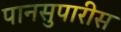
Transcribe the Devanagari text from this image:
पानसुपारीस